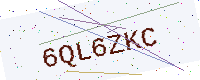
Text: 6QL6ZKC